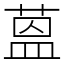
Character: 蒕